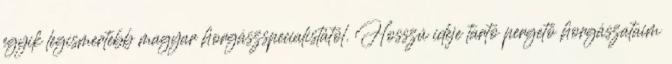
egyik legismertebb magyar horgászspecialistától. Hosszú ideje tartó pergető horgászataim